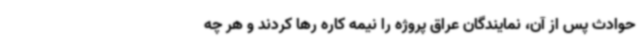
حوادث پس از آن، نمایندگان عراق پروژه را نیمه کاره رها کردند و هر چه